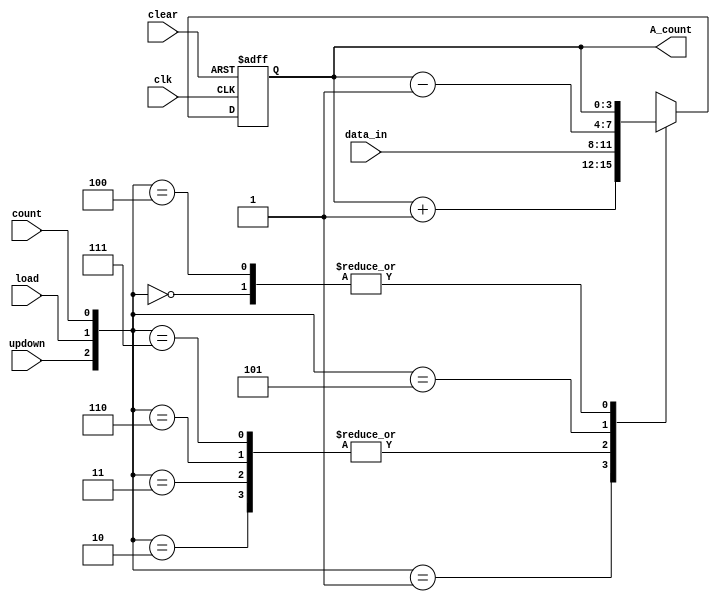
`timescale 1ns / 1ps
module binaryupdowncounter(
        input [3:0] data_in,
        output reg [3:0] A_count,
        input clk,
        input clear,
        input load,
        input count,
        input updown
        );
        //up=0 down =1
        always @(posedge clk, negedge clear)
        begin
        if(clear==0)
            A_count<=4'b0000;
        else        
            case({updown,load,count})
            3'b010: A_count<=data_in;
            3'b011: A_count<=data_in;
            3'b001: A_count<=A_count+1;
            3'b000: A_count<=A_count;
            3'b110: A_count<=data_in;
            3'b111: A_count<=data_in;
            3'b101: A_count<=A_count-1;
            3'b100: A_count<=A_count;
            endcase
        end
endmodule